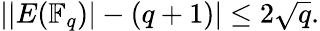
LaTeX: ||E(\mathbb{F}_{q})|-(q+1)|\leq 2{\sqrt{q}}.